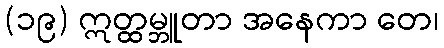
(၁၉) ဣတ္ထမ္ဘူတာ အနေကာ တေ၊